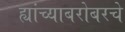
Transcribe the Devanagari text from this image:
ह्यांच्याबरोबरचे